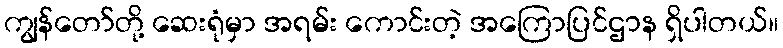
ကျွန်တော်တို့ ဆေးရုံမှာ အရမ်း ကောင်းတဲ့ အကြောပြင်ဌာန ရှိပါတယ်။